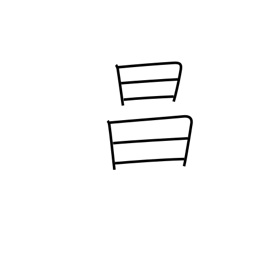
Meaning: bright